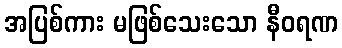
အပြစ်ကား မဖြစ်သေးသော နီဝရဏ